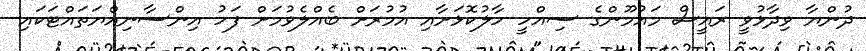
ދުންޔާ ވިދާޅުވީ ރައީސް މައުމޫންގެ ސިއްހީ ހާލުކޮޅަށާއި އުމުރަށް ބެއްލެވުމަށް ފަހު އިންސާނިއްޔަތައްޓަކައި